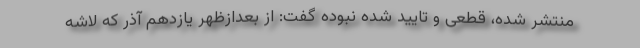
منتشر شده، قطعی و تایید شده نبوده گفت: از بعدازظهر یازدهم آذر که لاشه